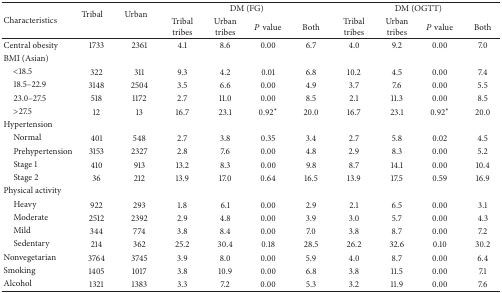
<table><thead><tr><td rowspan="2"><b>Characteristics</b></td><td rowspan="2"><b>Tribal</b></td><td rowspan="2"><b>Urban</b></td><td colspan="4"><b>DM (FG) </b></td><td colspan="4"><b>DM (OGTT)</b></td></tr><tr><td><b>Tribal tribes</b></td><td><b>Urban tribes</b></td><td><b><i>P</i> value</b></td><td><b>Both</b></td><td><b>Tribal tribes</b></td><td><b>Urban tribes</b></td><td><b><i>P</i> value</b></td><td><b>Both</b></td></tr></thead><tbody><tr><td>Central obesity</td><td>1733</td><td>2361</td><td>4.1</td><td>8.6</td><td>0.00</td><td>6.7</td><td>4.0</td><td>9.2</td><td>0.00</td><td>7.0</td></tr><tr><td>BMI (Asian)</td><td> </td><td> </td><td> </td><td> </td><td> </td><td> </td><td> </td><td> </td><td> </td><td> </td></tr><tr><td> &lt;18.5</td><td>322</td><td>311</td><td>9.3</td><td>4.2</td><td>0.01</td><td>6.8</td><td>10.2</td><td>4.5</td><td>0.00</td><td>7.4</td></tr><tr><td> 18.5–22.9</td><td>3148</td><td>2504</td><td>3.5</td><td>6.6</td><td>0.00</td><td>4.9</td><td>3.7</td><td>7.6</td><td>0.00</td><td>5.5</td></tr><tr><td> 23.0–27.5</td><td>518</td><td>1172</td><td>2.7</td><td>11.0</td><td>0.00</td><td>8.5</td><td>2.1</td><td>11.3</td><td>0.00</td><td>8.5</td></tr><tr><td> &gt;27.5</td><td>12</td><td>13</td><td>16.7</td><td>23.1</td><td>0.92∗</td><td>20.0</td><td>16.7</td><td>23.1</td><td>0.92∗</td><td>20.0</td></tr><tr><td>Hypertension</td><td> </td><td> </td><td> </td><td> </td><td> </td><td> </td><td> </td><td> </td><td> </td><td> </td></tr><tr><td> Normal</td><td>401</td><td>548</td><td>2.7</td><td>3.8</td><td>0.35</td><td>3.4</td><td>2.7</td><td>5.8</td><td>0.02</td><td>4.5</td></tr><tr><td> Prehypertension</td><td>3153</td><td>2327</td><td>2.8</td><td>7.6</td><td>0.00</td><td>4.8</td><td>2.9</td><td>8.3</td><td>0.00</td><td>5.2</td></tr><tr><td> Stage 1</td><td>410</td><td>913</td><td>13.2</td><td>8.3</td><td>0.00</td><td>9.8</td><td>8.7</td><td>14.1</td><td>0.00</td><td>10.4</td></tr><tr><td> Stage 2</td><td>36</td><td>212</td><td>13.9</td><td>17.0</td><td>0.64</td><td>16.5</td><td>13.9</td><td>17.5</td><td>0.59</td><td>16.9</td></tr><tr><td>Physical activity </td><td> </td><td> </td><td> </td><td> </td><td> </td><td> </td><td> </td><td> </td><td> </td><td> </td></tr><tr><td> Heavy </td><td>922</td><td>293</td><td>1.8</td><td>6.1</td><td>0.00</td><td>2.9</td><td>2.1</td><td>6.5</td><td>0.00</td><td>3.1</td></tr><tr><td> Moderate</td><td>2512</td><td>2392</td><td>2.9</td><td>4.8</td><td>0.00</td><td>3.9</td><td>3.0</td><td>5.7</td><td>0.00</td><td>4.3</td></tr><tr><td> Mild</td><td>344</td><td>774</td><td>3.8</td><td>8.4</td><td>0.00</td><td>7.0</td><td>3.8</td><td>8.7</td><td>0.00</td><td>7.2</td></tr><tr><td> Sedentary</td><td>214</td><td>362</td><td>25.2</td><td>30.4</td><td>0.18</td><td>28.5</td><td>26.2</td><td>32.6</td><td>0.10</td><td>30.2</td></tr><tr><td>Nonvegetarian</td><td>3764</td><td>3745</td><td>3.9</td><td>8.0</td><td>0.00</td><td>5.9</td><td>4.0</td><td>8.7</td><td>0.00</td><td>6.4</td></tr><tr><td>Smoking</td><td>1405</td><td>1017</td><td>3.8</td><td>10.9</td><td>0.00</td><td>6.8</td><td>3.8</td><td>11.5</td><td>0.00</td><td>7.1</td></tr><tr><td>Alcohol</td><td>1321</td><td>1383</td><td>3.3</td><td>7.2</td><td>0.00</td><td>5.3</td><td>3.2</td><td>11.9</td><td>0.00</td><td>7.6</td></tr></tbody></table>